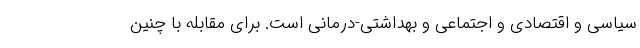
سیاسی و اقتصادی و اجتماعی و بهداشتی-درمانی است. برای مقابله با چنین